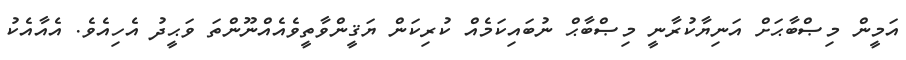
އަމީން މިޞްބާޙަށް އަނިޔާކުރާނީ މިޞްބާޙް ނުބައިކަމެއް ކުރިކަން ޔަޤީންވާތީވެއެއްނޫންތަ ވަޙީދު އެހިއެވެ. އެއާއެކު